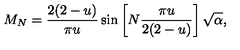
M _ { N } = \frac { 2 ( 2 - u ) } { \pi u } \sin \left[ N \frac { \pi u } { 2 ( 2 - u ) } \right] \sqrt { \alpha } ,